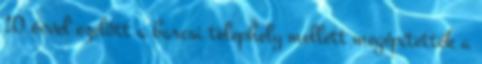
10 évvel ezelôtt a barcsi telephely mellett megépítették a